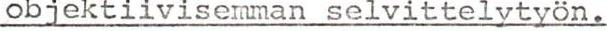
objektiivisemman selvittelytyön.